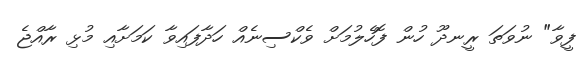
ފީވާ" ނުވަތަ ރީނދޫ ހުން ފޮހެލުމަށް ވެކްސިނެއް ހަދާފައިވާ ކަމަށާއި މުޅި ރާއްޖެ